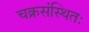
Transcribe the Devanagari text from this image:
चक्रसंस्थितः